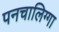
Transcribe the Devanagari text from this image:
पनचालिग्गा